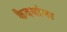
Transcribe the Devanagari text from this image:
कैदयांना